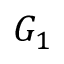
G _ { 1 }